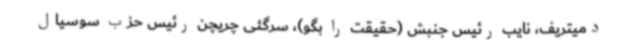
دمیتریف، نایب رئیس جنبش (حقیقت را بگو)، سرگئی چریچن رئیس حزب سوسیال